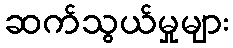
ဆက်သွယ်မှုများ